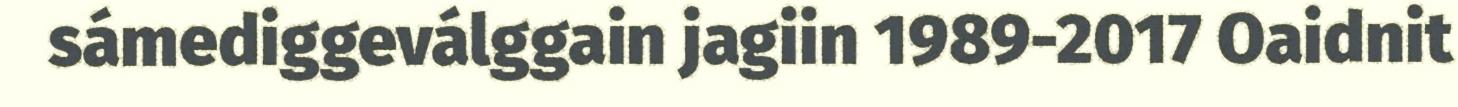
sámediggeválggain jagiin 1989-2017 Oaidnit